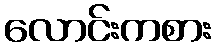
လောင်းကစား